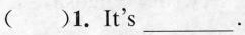
( )1.It's___.